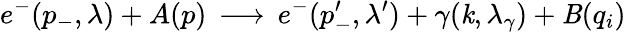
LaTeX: e^{-}(p_{-},\lambda)+A(p)\, \longrightarrow\, e^{-}(p_{-}^{\prime},\lambda^{\prime})+\gamma(\mathit{k},\lambda_{\gamma})+\mathit{B}(q_{i})